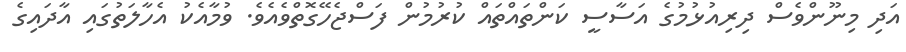
އަދި މިނޫންވެސް ދިރިއުޅުމުގެ އަސާސީ ކަންތައްތައް ކުރުމުން ފަސްޖެހޭގޮތްވެއެވެ. ވުމާއެކު އެހާލަތުގައި އާދައިގެ